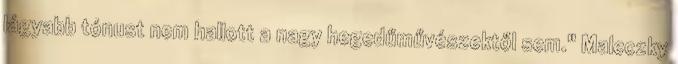
lágyabb tónust nem hallott a nagy hegedűművészektől sem." Maleczky